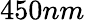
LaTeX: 450nm